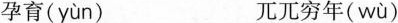
孕育( yùn ) 兀兀穷年( wù )